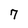
Character: 7